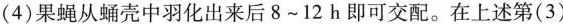
(4)果蝇从蛹壳中羽化出来后8~12h即可交配。在上述第（3）